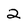
Character: 2